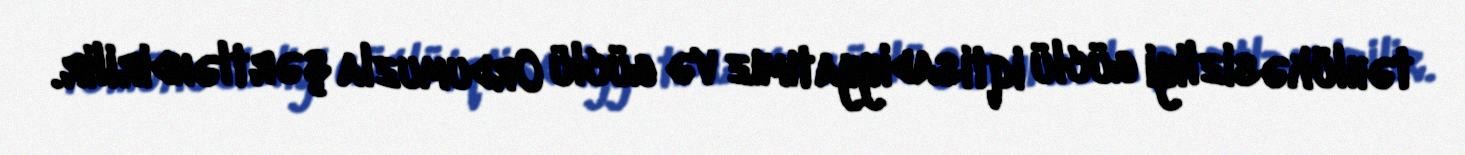
təhlükəsizliyi güclü iqtisadiyyatımız və güclü Ordumuzla şərtləndirilir.